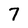
Character: 7